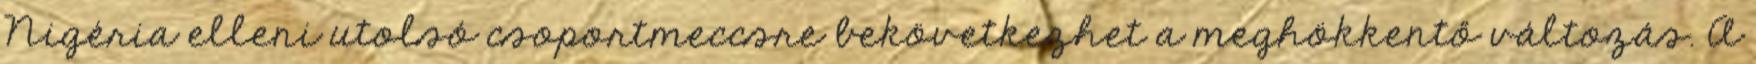
Nigéria elleni utolsó csoportmeccsre bekövetkezhet a meghökkentő változás. A